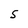
Character: 5